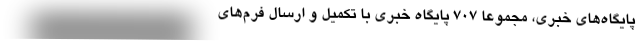
پایگاه‌های خبری، مجموعا 707 پایگاه خبری با تکمیل و ارسال فرم‌های